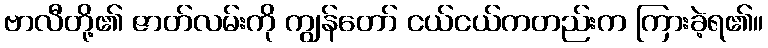
ဗာလီတို့၏ ဇာတ်လမ်းကို ကျွန်တော် ငယ်ငယ်ကတည်းက ကြားခဲ့ရ၏။